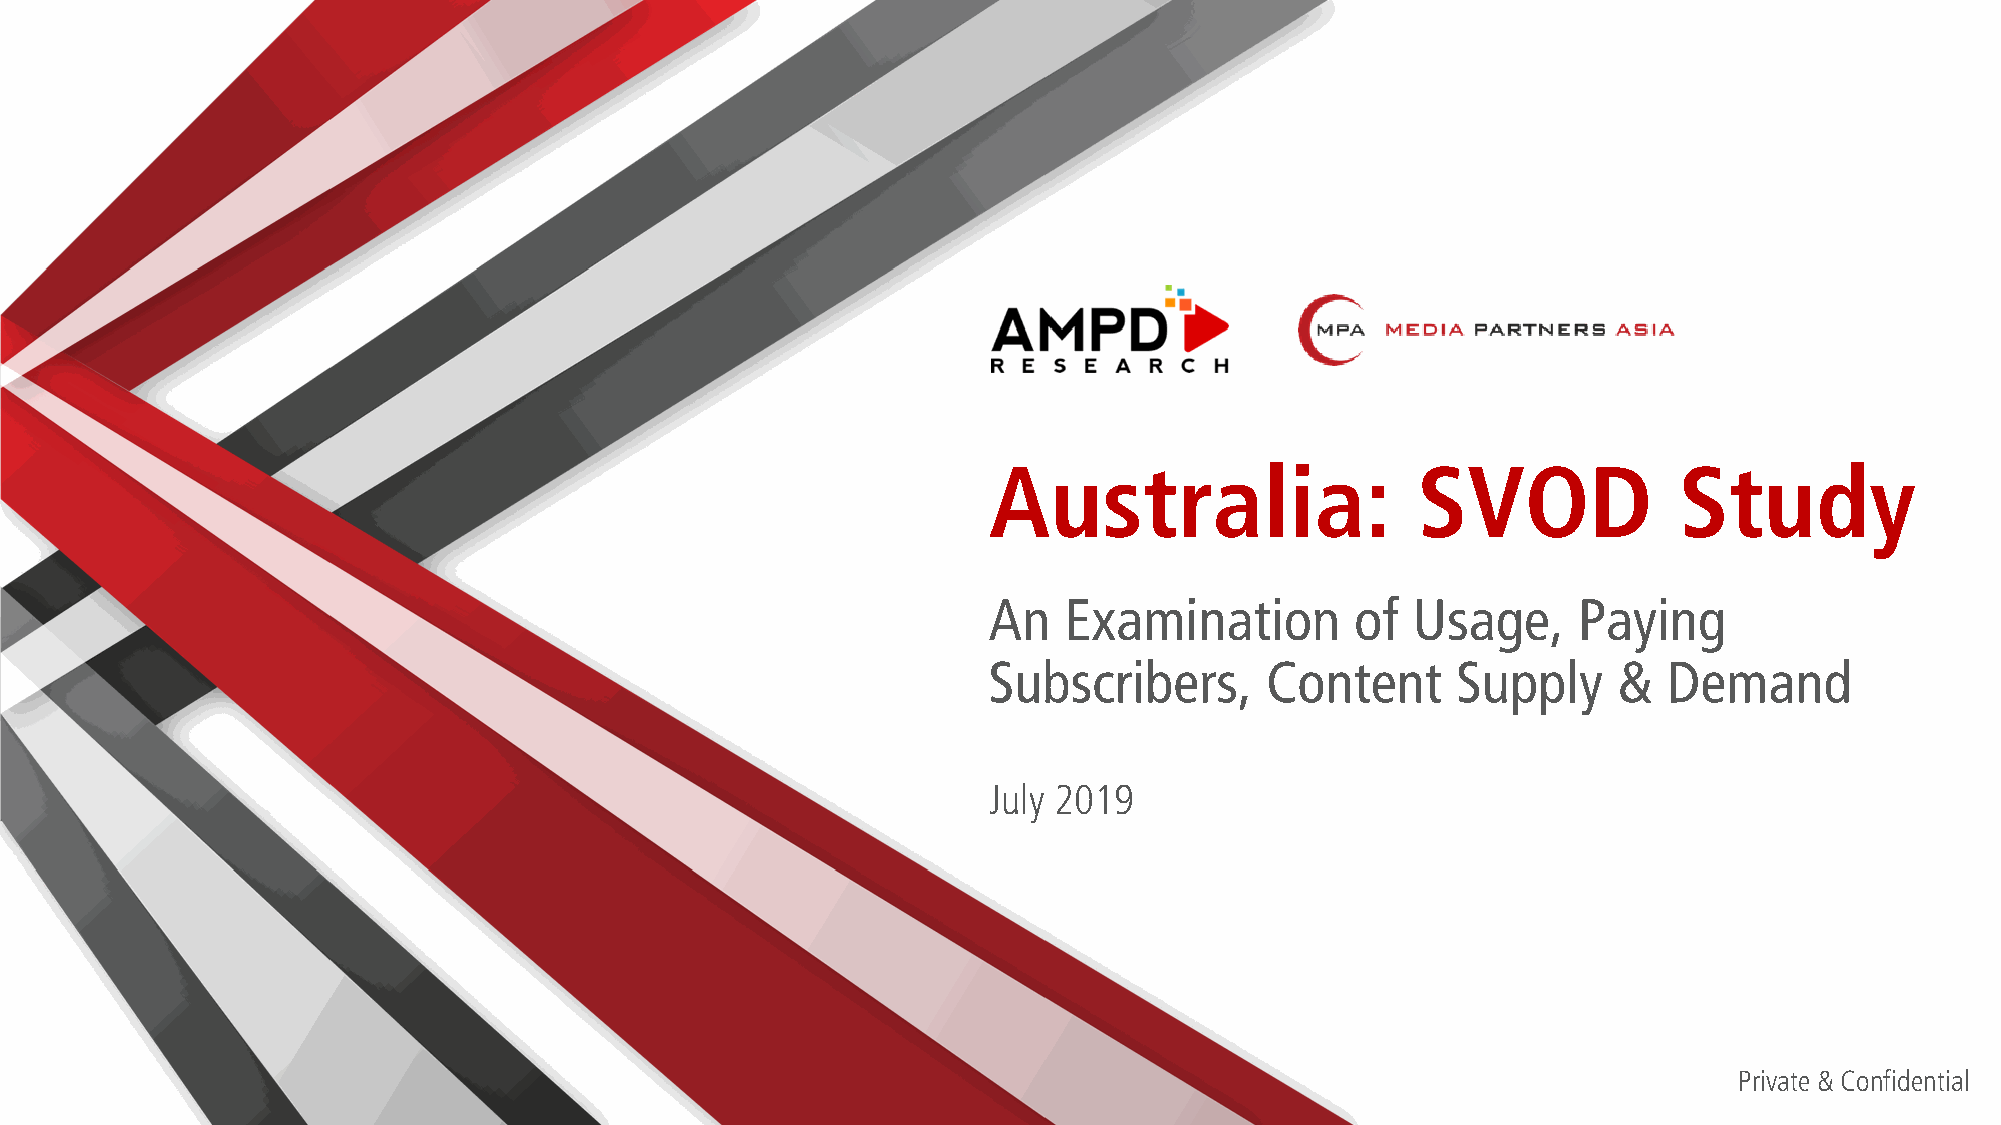
Australia:                   SVOD             Study
 An   Examination         of Usage,     Paying
 Subscribers,       Content     Supply     &  Demand
 July 2019
 Private & Confidential